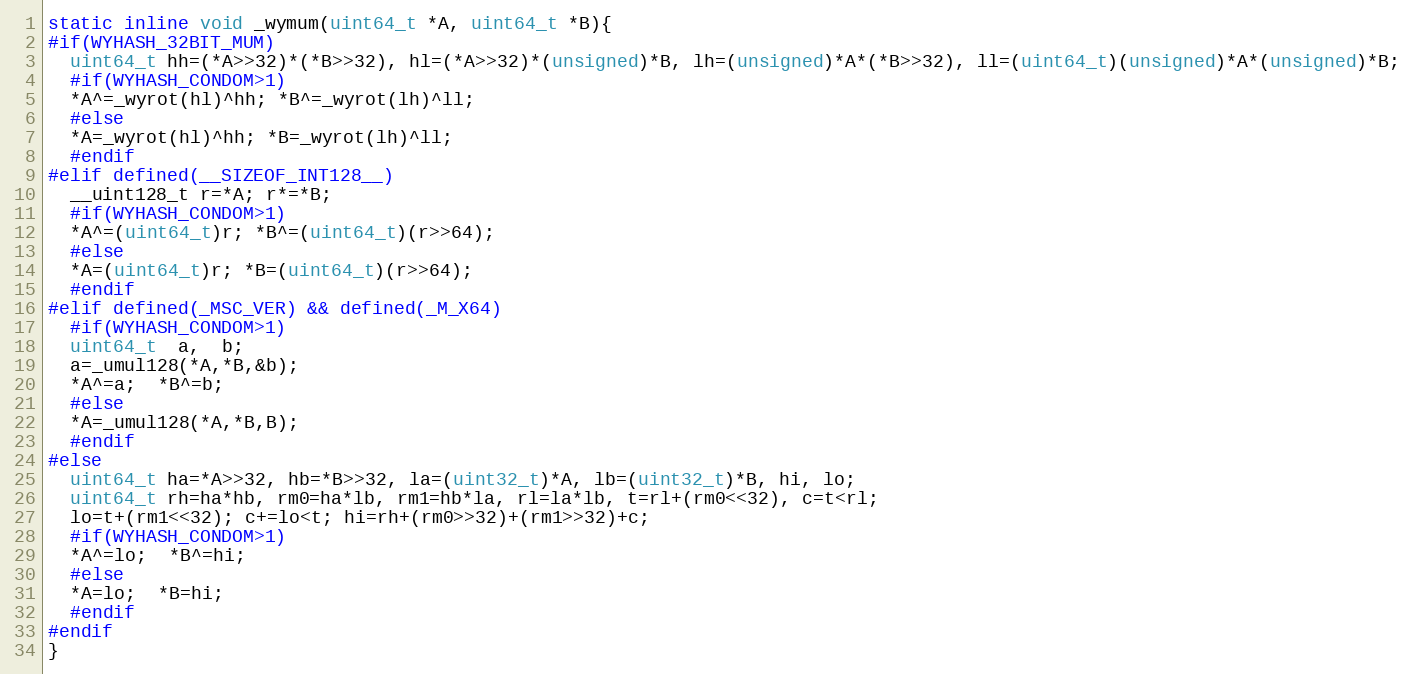
Language: C
static inline void _wymum(uint64_t *A, uint64_t *B){
#if(WYHASH_32BIT_MUM)
  uint64_t hh=(*A>>32)*(*B>>32), hl=(*A>>32)*(unsigned)*B, lh=(unsigned)*A*(*B>>32), ll=(uint64_t)(unsigned)*A*(unsigned)*B;
  #if(WYHASH_CONDOM>1)
  *A^=_wyrot(hl)^hh; *B^=_wyrot(lh)^ll;
  #else
  *A=_wyrot(hl)^hh; *B=_wyrot(lh)^ll;
  #endif
#elif defined(__SIZEOF_INT128__)
  __uint128_t r=*A; r*=*B;
  #if(WYHASH_CONDOM>1)
  *A^=(uint64_t)r; *B^=(uint64_t)(r>>64);
  #else
  *A=(uint64_t)r; *B=(uint64_t)(r>>64);
  #endif
#elif defined(_MSC_VER) && defined(_M_X64)
  #if(WYHASH_CONDOM>1)
  uint64_t  a,  b;
  a=_umul128(*A,*B,&b);
  *A^=a;  *B^=b;
  #else
  *A=_umul128(*A,*B,B);
  #endif
#else
  uint64_t ha=*A>>32, hb=*B>>32, la=(uint32_t)*A, lb=(uint32_t)*B, hi, lo;
  uint64_t rh=ha*hb, rm0=ha*lb, rm1=hb*la, rl=la*lb, t=rl+(rm0<<32), c=t<rl;
  lo=t+(rm1<<32); c+=lo<t; hi=rh+(rm0>>32)+(rm1>>32)+c;
  #if(WYHASH_CONDOM>1)
  *A^=lo;  *B^=hi;
  #else
  *A=lo;  *B=hi;
  #endif
#endif
}